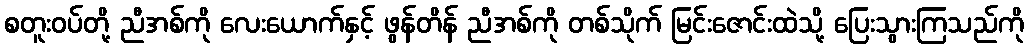
စတူးဝပ်တို့ ညီအစ်ကို လေးယောက်နှင့် ဖွန်တိန် ညီအစ်ကို တစ်သိုက် မြင်းဇောင်းထဲသို့ ပြေးသွားကြသည်ကို